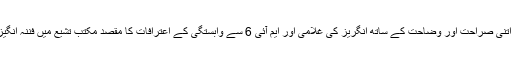
بالفاظ دیگر، اس منحرف فرقے کی طرف سے اتنی صراحت اور وضاحت کے ساتھ انگریز کی غلامی اور ایم آئی 6 سے وابستگی کے اعترافات کا مقصد مکتب تشیّع میں فننہ انگیزی اور اختلاف و انتشار کے سوا کچھ نہیں ہے۔